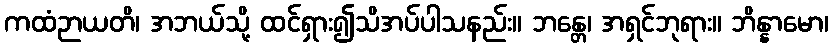
ကထံဉာယတိ၊ အဘယ်သို့ ထင်ရှား၍သိအပ်ပါသနည်း။ ဘန္တေ၊ အရှင်ဘုရား။ ဘိန္နာမော၊